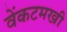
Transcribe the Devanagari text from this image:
वेंकटमखी